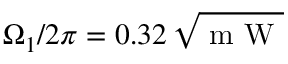
\Omega _ { 1 } / 2 \pi = 0 . 3 2 \, \sqrt { \mathrm { ~ m ~ W ~ } }